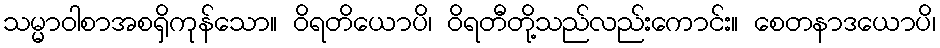
သမ္မာဝါစာအစရှိကုန်သော။ ဝိရတိယောပိ၊ ဝိရတီတို့သည်လည်းကောင်း။ စေတနာဒယောပိ၊